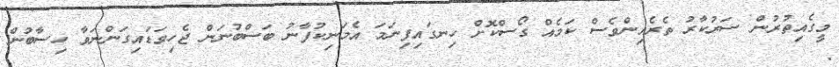
މީގެއިތުރުން ސަރުކާރު ތެރެއިންވެސް ކަމެއް ގޯސްކޮށް ހިނގައިފިނަމަ އެމަނިކުފާނު ބަސްބުނަން ޖެހިވަޑައިގަންނަވާ ހިސާބުން